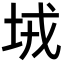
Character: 𡊸